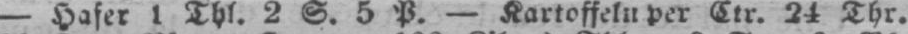
- Hafer 1 Thl. 2 S. 5 P. - Kartoffeln per Ctr. 24 Thr.